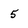
Character: 5